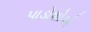
પાડોશોએ